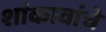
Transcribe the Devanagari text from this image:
शांकावांचे